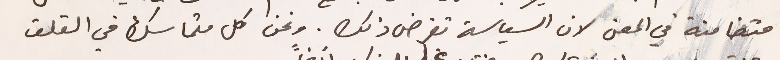
متضامنة في المعنى لان السياسة تفرض ذلك. ونحن كل متماسك في القلق